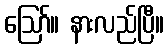
ဪ။ နားလည်ပြီ။